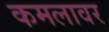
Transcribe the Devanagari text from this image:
कमलावर